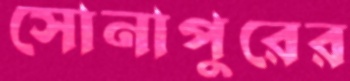
সোনাপুরের